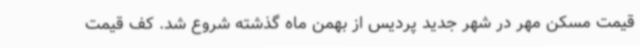
قیمت مسکن مهر در شهر جدید پردیس از بهمن ماه گذشته شروع شد. کف قیمت